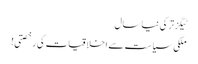
ٹیگزترکی نیا سال
ملکی سیاست سے اخلاقیات کی رخصتی!